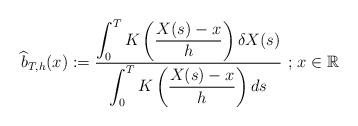
LaTeX: \begin{align*}\widehat b_{T,h}(x) :=\frac{\displaystyle{\int_{0}^{T}K\left(\frac{X(s) - x}{h}\right)\delta X(s)}}{\displaystyle{\int_{0}^{T}K\left(\frac{X(s) - x}{h}\right)ds}}\textrm{ $;$ }x\in\mathbb R\end{align*}